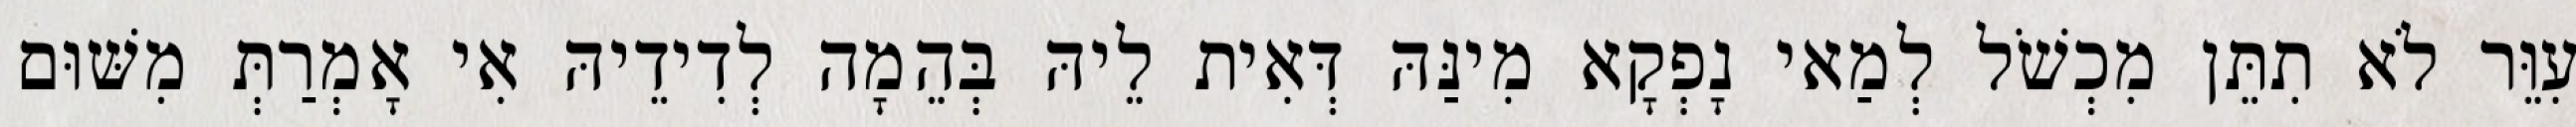
עִוֵּר לֹא תִתֵּן מִכְשֹׁל לְמַאי נָפְקָא מִינַּהּ דְּאִית לֵיהּ בְּהֵמָה לְדִידֵיהּ אִי אָמְרַתְּ מִשּׁוּם